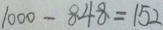
1 0 0 0 - 8 4 8 = 1 5 2